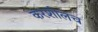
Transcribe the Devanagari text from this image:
करशीलच